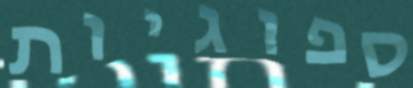
ספוגיות